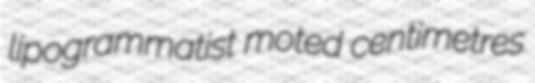
lipogrammatist moted centimetres